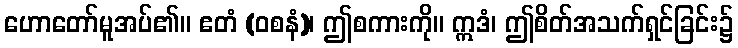
ဟောတော်မူအပ်၏။ ဧတံ (ဝစနံ)၊ ဤစကားကို။ ဣဒံ၊ ဤစိတ်အသက်ရှင်ခြင်း၌